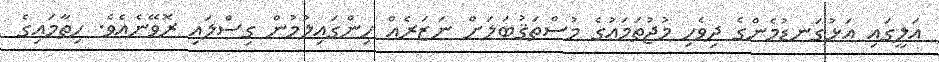
އަލީގައި އަޅުގަނޑުމެންގެ ދިވެހި މުޖުތަމަޢުގެ މުސްތަޤުބަލަށް ނަޒަރެއް ހިންގައިލުމުން ގިސްލައި ރޮވޭނެއެވެ. ހިތާމައިގެ